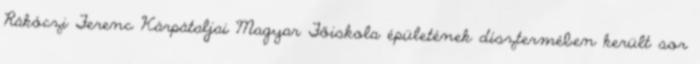
Rákóczi Ferenc Kárpátaljai Magyar Főiskola épületének dísztermében került sor